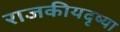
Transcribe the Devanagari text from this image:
राजकीयदृष्या